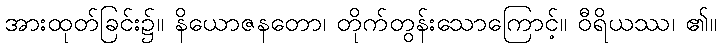
အားထုတ်ခြင်း၌။ နိယောဇနတော၊ တိုက်တွန်းသောကြောင့်။ ဝီရိယဿ၊ ၏။